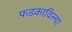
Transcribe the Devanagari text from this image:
फडकाविल्या